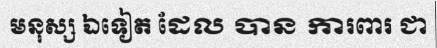
មនុស្ស ឯទៀត ដែល បាន ការពារ ជា